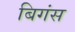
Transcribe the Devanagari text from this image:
बिगंस